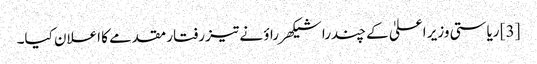
[3] ریاستی وزیر اعلیٰ کے چندرا شیکھر راؤ نے تیز رفتار مقدمے کا اعلان کیا۔